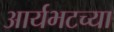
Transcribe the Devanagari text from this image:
आर्यभटच्या